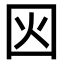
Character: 𡇂